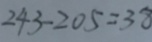
2 4 3 - 2 0 5 = 3 8